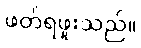
ဖတ်ရဖူးသည်။